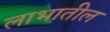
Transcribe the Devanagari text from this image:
लाभातील